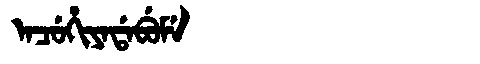
Manchu: ᠠᠴᡠᡥᡳᠶᠠᡩᠠᠪᡠᠮᡝ
Romanization: ACUHIYADABUME